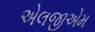
એલજીએમ